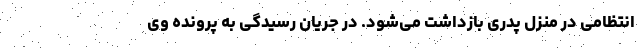
انتظامی در منزل پدری بازداشت می‌شود. در جریان رسیدگی به پرونده وی